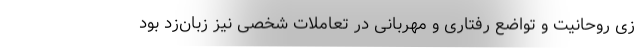
زیّ روحانیت و تواضع رفتاری و مهربانی در تعاملات شخصی نیز زبان‌زد بود